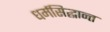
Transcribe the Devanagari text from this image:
धर्मसिद्धान्त